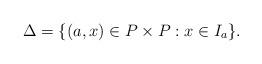
LaTeX: \begin{align*}\Delta = \{(a, x)\in P\times P : x\in I_a\}.\end{align*}